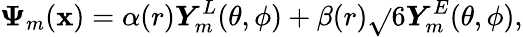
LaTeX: \boldsymbol{\Psi}_{m}(\boldsymbol{\mathbf{x}})=\alpha(r)\boldsymbol{Y}_{m}^{L}(\theta,\phi)+\beta(r)\sqrt{}{{6}}\boldsymbol{Y}_{m}^{E}(\theta,\phi),